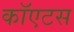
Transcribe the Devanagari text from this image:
कॉएटस